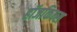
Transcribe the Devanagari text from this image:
हॉजकिन्स